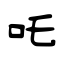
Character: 吒